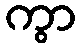
ကွာ